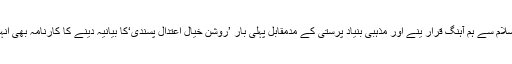
سیکولرازم اور لبرازم کو اسلام سے ہم آہنگ قرار ینے اور مذہبی بنیاد پرستی کے مدمقابل پہلی بار ’روشن خیال اعتدال پسندی‘کا بیانیہ دینے کا کارنامہ بھی انہی کے ہاتھوں سرانجام پایا۔